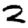
Digit: 2